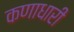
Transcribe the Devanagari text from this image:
कणाधारी